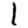
Digit: 1